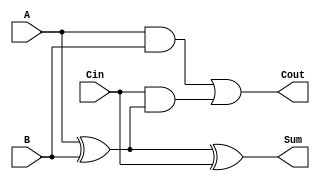
`timescale 1ns / 1ps

module Full_Adder(
	output Sum,
	output Cout,
	input A,
	input B,
	input Cin
    );
	
	wire s1 , c1 , c2;
	xor (s1 , A , B);
	xor (Sum , s1 , Cin);
	and (c1 , A , B);
	and (c2 , Cin , s1);
	or (Cout , c1 , c2);


endmodule